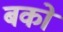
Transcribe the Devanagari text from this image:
बको